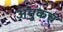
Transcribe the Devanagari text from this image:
अमुकच